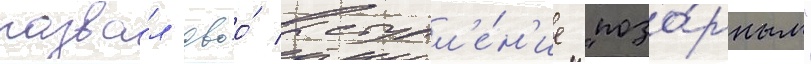
назва́л своо́ выступл'е́н'ие "позо́рным"